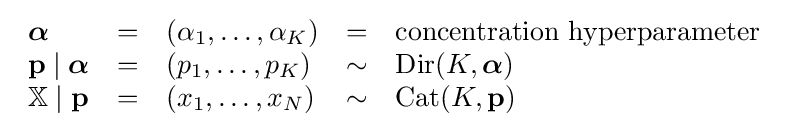
{\begin{array}{lclcl}{\boldsymbol {\alpha }}&=&(\alpha _{1},\ldots ,\alpha _{K})&=&{\text{concentration hyperparameter}}\\\mathbf {p} \mid {\boldsymbol {\alpha }}&=&(p_{1},\ldots ,p_{K})&\sim &\operatorname {Dir} (K,{\boldsymbol {\alpha }})\\\mathbb {X} \mid \mathbf {p} &=&(x_{1},\ldots ,x_{N})&\sim &\operatorname {Cat} (K,\mathbf {p} )\end{array}}